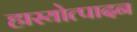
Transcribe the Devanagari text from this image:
हास्योत्पादन